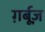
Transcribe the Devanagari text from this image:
ग़र्बूज़